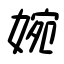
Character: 婉